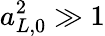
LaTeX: a_{L,0}^{2}\gg 1